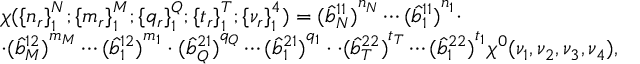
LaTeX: \begin{array} { l } { { \chi ( { \{ n _ { r } \} } _ { 1 } ^ { N } ; { \{ m _ { r } \} } _ { 1 } ^ { M } ; { \{ q _ { r } \} } _ { 1 } ^ { Q } ; { \{ t _ { r } \} } _ { 1 } ^ { T } ; { \{ \nu _ { r } \} } _ { 1 } ^ { 4 } ) = { ( \hat { b } _ { N } ^ { 1 1 } ) } ^ { n _ { \scriptscriptstyle N } } \cdots { ( \hat { b } _ { 1 } ^ { 1 1 } ) } ^ { n _ { 1 } } \cdot } } \\ { { \cdot { ( \hat { b } _ { M } ^ { 1 2 } ) } ^ { m _ { \scriptscriptstyle M } } \cdots { ( \hat { b } _ { 1 } ^ { 1 2 } ) } ^ { m _ { 1 } } \cdot { ( \hat { b } _ { Q } ^ { 2 1 } ) } ^ { q _ { \scriptscriptstyle Q } } \cdots { ( \hat { b } _ { 1 } ^ { 2 1 } ) } ^ { q _ { 1 } } \cdot \cdot { ( \hat { b } _ { T } ^ { 2 2 } ) } ^ { t _ { \scriptscriptstyle T } } \cdots { ( \hat { b } _ { 1 } ^ { 2 2 } ) } ^ { t _ { 1 } } \chi ^ { 0 } ( \nu _ { 1 } , \nu _ { 2 } , \nu _ { 3 } , \nu _ { 4 } ) , } } \end{array}